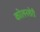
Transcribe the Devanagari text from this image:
कोलनशेरी